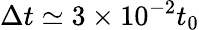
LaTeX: \Delta t\simeq 3\times 10^{-2}t_{0}